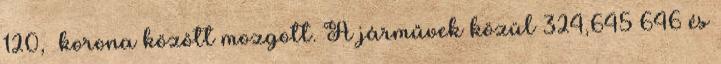
120,– korona között mozgott. A járművek közül 324,645–646 és